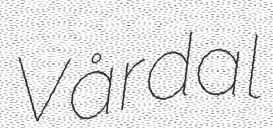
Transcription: Vårdal